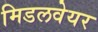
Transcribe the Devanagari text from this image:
मिडलवेयर